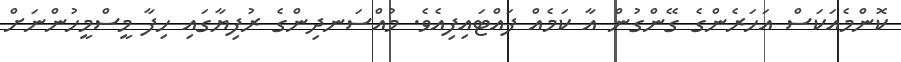
ކޮންމެއަކަސް އަހަރެންގެ ގޭންގުން އާ ކަމެއް ފައްޓައިފިއެވެ. މުއްސަނދިންގެ ރުފިޔާގައި ހިފާ މީސްމީހުންނަށް